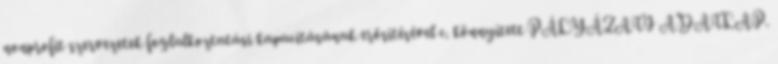
nonprofit szervezetek foglalkoztatási kapacitásának erősítésével c. könnyített PÁLYÁZATI ADATLAP.